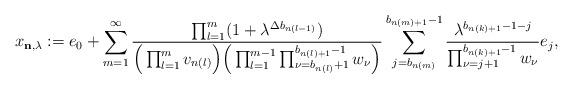
LaTeX: \begin{align*}x_{\mathbf n,\lambda}:=e_0+\sum_{m=1}^\infty \frac{\prod_{l=1}^{m}(1+\lambda^{\Delta b_{n(l-1)}})}{\Big(\prod_{l=1}^m v_{n(l)}\Big)\Big(\prod_{l=1}^{m-1}\prod_{\nu=b_{n(l)}+1}^{b_{n(l)+1}-1}w_{\nu}\Big)} \sum_{j=b_{n(m)}}^{b_{n(m)+1}-1} \frac{\lambda^{b_{n(k)+1}-1-j}}{\prod_{\nu=j+1}^{b_{n(k)+1}-1}w_{\nu}} e_j,\end{align*}